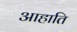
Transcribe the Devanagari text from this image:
आहाति